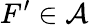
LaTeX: F^{\prime}\in\mathcal{A}